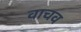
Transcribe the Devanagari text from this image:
वाचव